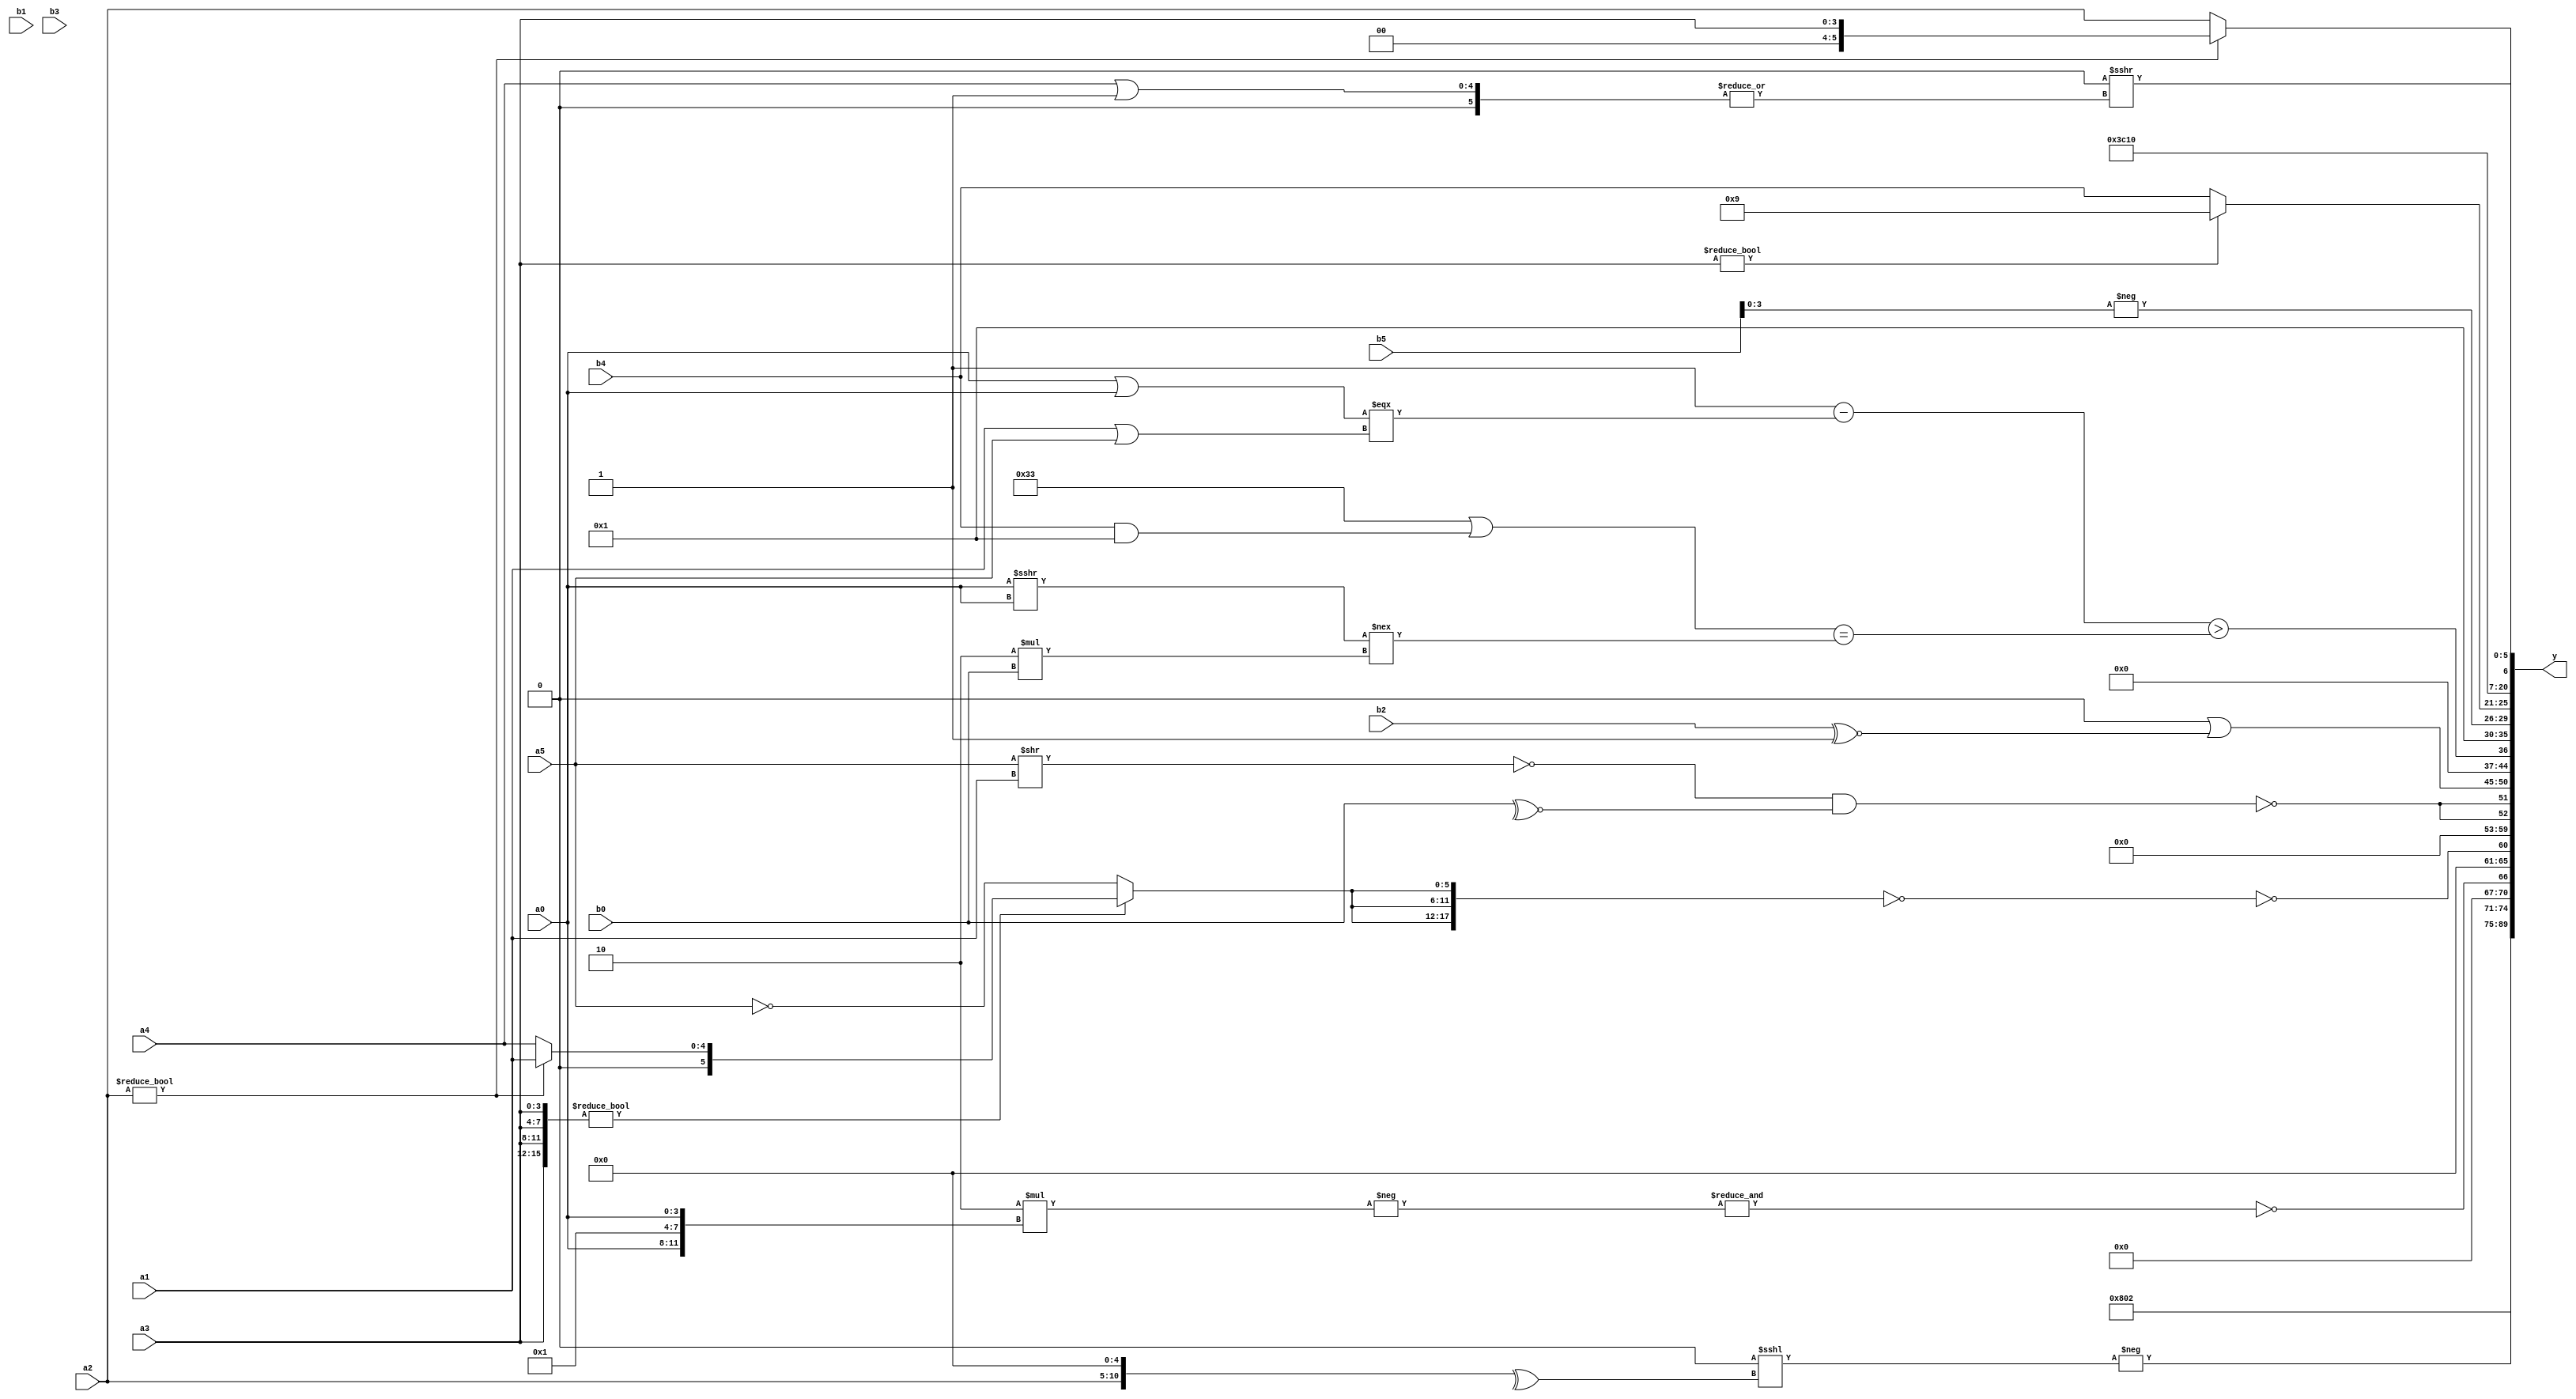
module expression_00973(a0, a1, a2, a3, a4, a5, b0, b1, b2, b3, b4, b5, y);
  input [3:0] a0;
  input [4:0] a1;
  input [5:0] a2;
  input signed [3:0] a3;
  input signed [4:0] a4;
  input signed [5:0] a5;

  input [3:0] b0;
  input [4:0] b1;
  input [5:0] b2;
  input signed [3:0] b3;
  input signed [4:0] b4;
  input signed [5:0] b5;

  wire [3:0] y0;
  wire [4:0] y1;
  wire [5:0] y2;
  wire signed [3:0] y3;
  wire signed [4:0] y4;
  wire signed [5:0] y5;
  wire [3:0] y6;
  wire [4:0] y7;
  wire [5:0] y8;
  wire signed [3:0] y9;
  wire signed [4:0] y10;
  wire signed [5:0] y11;
  wire [3:0] y12;
  wire [4:0] y13;
  wire [5:0] y14;
  wire signed [3:0] y15;
  wire signed [4:0] y16;
  wire signed [5:0] y17;

  output [89:0] y;
  assign y = {y0,y1,y2,y3,y4,y5,y6,y7,y8,y9,y10,y11,y12,y13,y14,y15,y16,y17};

  localparam [3:0] p0 = (((2'd1)?(2'd1):(3'sd3))?((-2'sd0)?(3'd6):(2'sd0)):(-5'sd2));
  localparam [4:0] p1 = ((|(4'sd4))||(~|((2'd0)|(3'sd3))));
  localparam [5:0] p2 = ((5'sd2)!=(4'sd0));
  localparam signed [3:0] p3 = {{((|(-3'sd1))?((3'sd3)?(4'd9):(2'd0)):((-5'sd12)?(5'd30):(5'd10)))}};
  localparam signed [4:0] p4 = (|((&(!(4'sd7)))||((4'd13)?(4'd5):(2'sd0))));
  localparam signed [5:0] p5 = (5'sd12);
  localparam [3:0] p6 = (&(~^(((3'sd3)?(4'sd5):(4'd14))>>(^(!((3'd4)?(-4'sd1):(-4'sd1)))))));
  localparam [4:0] p7 = (~^(&(~|(5'd6))));
  localparam [5:0] p8 = (|(|((^(~(-5'sd5)))^((-4'sd2)+(3'd4)))));
  localparam signed [3:0] p9 = (~&(~^(-(~^(-2'sd1)))));
  localparam signed [4:0] p10 = {1{(-4'sd0)}};
  localparam signed [5:0] p11 = (((2'sd1)?(3'd2):(4'd13))|(~^((2'd0)==(-4'sd5))));
  localparam [3:0] p12 = (5'd2 * {2{(5'd25)}});
  localparam [4:0] p13 = ((((2'sd0)>=(5'd8))>((3'd7)||(4'sd6)))||(((2'd1)<<<(3'd1))>((2'd0)<=(-2'sd0))));
  localparam [5:0] p14 = {((3'd1)?(2'd1):(-2'sd0)),{4{(5'd14)}}};
  localparam signed [3:0] p15 = ({(4'd4)}-(((3'd1)-(3'd1))&((5'd17)<(5'd20))));
  localparam signed [4:0] p16 = {3{((2'sd0)?(5'sd10):(5'd0))}};
  localparam signed [5:0] p17 = {{3{{(3'd2),(-2'sd0)}}}};

  assign y0 = (2'd1);
  assign y1 = (~^(+p15));
  assign y2 = (2'd2);
  assign y3 = (+(-(|(^((&{p17,a1,a3})<<<{(^{a2,p10})})))));
  assign y4 = (^(~&(-(5'd2 * {{a0,p6,a0}}))));
  assign y5 = (|(~(&(!{3{({4{a3}}?(a2?a1:a4):(~a5))}}))));
  assign y6 = (($unsigned(p5)==$unsigned(p0))&((6'd2 * b1)===(a4<<<b4)));
  assign y7 = {2{(~((!(a5>>a1))&(|(~^b0))))}};
  assign y8 = {2{((p11?p10:a1)|(b2^~p4))}};
  assign y9 = (&(3'sd2));
  assign y10 = ((((p1<p8)||(p9==p7))-((a0|a0)===(a1|a5)))>(((p4-p14)|(b4&&p2))==((a0>>>a0)!==(5'd2 * b0))));
  assign y11 = (2'd1);
  assign y12 = (-$unsigned((+$signed(b5))));
  assign y13 = ({3{p6}}?(a3?p3:b4):{a2,a3});
  assign y14 = (-4'sd4);
  assign y15 = (|(+({1{{2{(~&(2'd1))}}}})));
  assign y16 = (~|$signed((~(~|$signed((~^((!(3'd5))>>>(|$unsigned((a4|p2))))))))));
  assign y17 = (a2?a3:a2);
endmodule